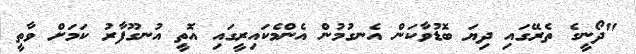
"ދޯނީގެ ތެރޭގައި ދިޔަ ބޮޑުވާކަން އެނގުމުން އެންމެކައިރީގައި އޮތީ އުނގޫފާރު ކަމަށް ވާތީ